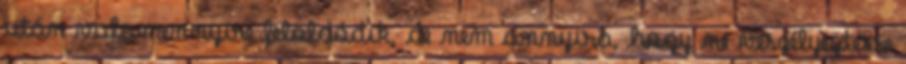
után valamennyire feloldódik, de nem annyira, hogy ne veszélyeztesse